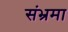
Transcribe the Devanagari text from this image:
संभ्रमा